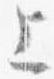
上